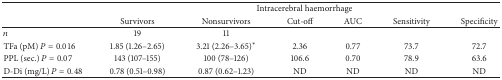
<table><thead><tr><td rowspan="2"><b> </b></td><td colspan="6"><b>Intracerebral haemorrhage</b></td></tr><tr><td><b>Survivors</b></td><td><b>Nonsurvivors</b></td><td><b>Cut-off</b></td><td><b>AUC</b></td><td><b>Sensitivity</b></td><td><b>Specificity</b></td></tr></thead><tbody><tr><td><i>n</i></td><td>19</td><td>11</td><td> </td><td> </td><td> </td><td> </td></tr><tr><td>TFa (pM) <i>P</i> = 0.016</td><td>1.85 (1.26–2.65)</td><td>3.21 (2.26–3.65)*</td><td>2.36</td><td>0.77</td><td>73.7</td><td>72.7</td></tr><tr><td>PPL (sec.) <i>P</i> = 0.07</td><td>143 (107–155)</td><td>100 (78–126)</td><td>106.6</td><td>0.70</td><td>78.9</td><td>63.6 </td></tr><tr><td>D-Di (mg/L) <i>P</i> = 0.48</td><td>0.78 (0.51–0.98)</td><td>0.87 (0.62–1.23)</td><td>ND</td><td>ND</td><td>ND</td><td>ND</td></tr></tbody></table>